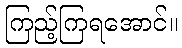
ကြည့်ကြရအောင်။